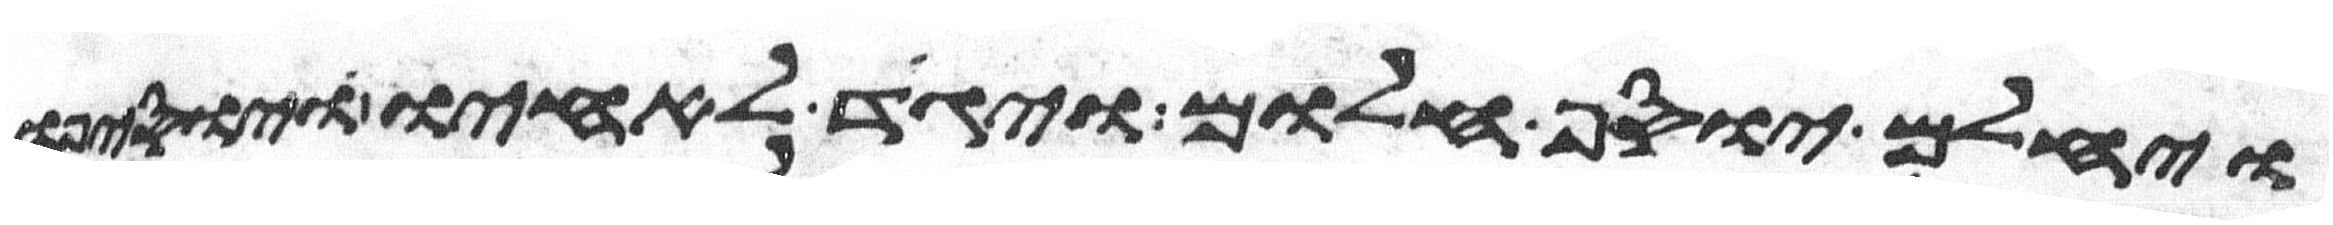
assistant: ויחלם יוסף חלום ויגד לאחיו ויוסיפו